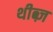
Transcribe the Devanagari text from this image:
थीब्ज़